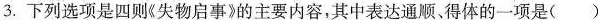
3.下列选项是四则《失物启事》的主要内容，其中表达通顺，得体的一项是( )